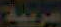
عربية